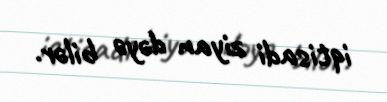
iqtisadi ziyan dəyə bilər.